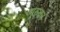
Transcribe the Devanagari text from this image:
गुरुवन